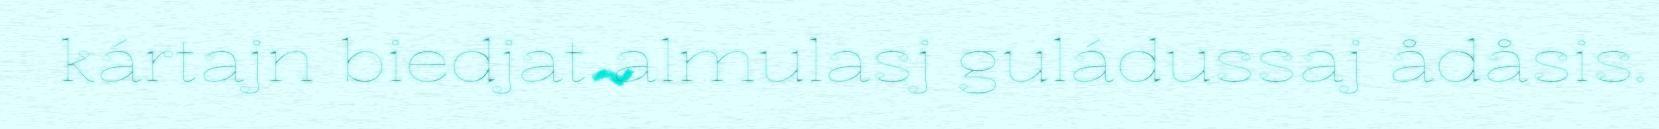
kártajn biedjat almulasj guládussaj ådåsis.